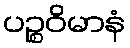
ပဉ္စဝိမာနံ